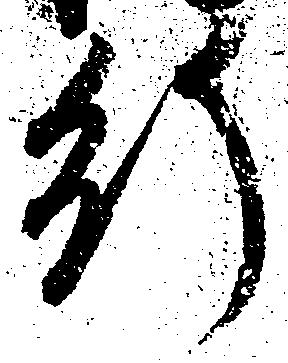
行